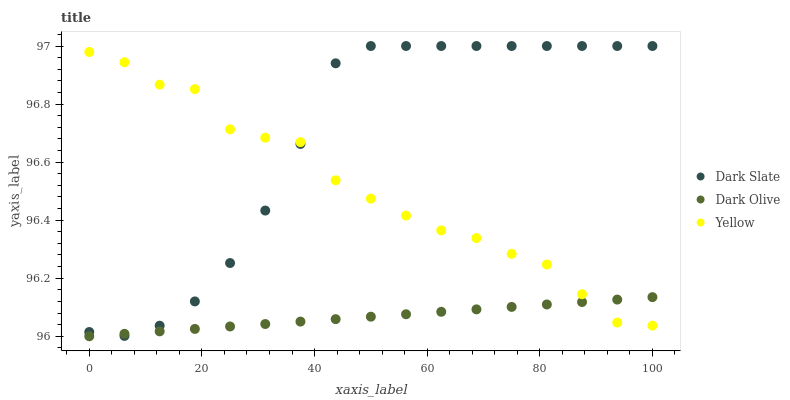
| xaxis_label | Dark Slate | Dark Olive | Yellow |
 | --- | --- | --- | --- |
 | 0 | 96 | 96 | 97 |
 | 6.25 | 96 | 96 | 96.9 |
 | 12.5 | 96 | 96 | 96.9 |
 | 18.8 | 96.1 | 96 | 96.9 |
 | 25 | 96.3 | 96 | 96.7 |
 | 31.2 | 96.4 | 96 | 96.7 |
 | 37.5 | 96.7 | 96.1 | 96.7 |
 | 43.8 | 96.9 | 96.1 | 96.5 |
 | 50 | 97 | 96.1 | 96.5 |
 | 56.2 | 97 | 96.1 | 96.4 |
 | 62.5 | 97 | 96.1 | 96.4 |
 | 68.8 | 97 | 96.1 | 96.3 |
 | 75 | 97 | 96.1 | 96.3 |
 | 81.2 | 97 | 96.1 | 96.2 |
 | 87.5 | 97 | 96.1 | 96.1 |
 | 93.8 | 97 | 96.1 | 96 |
 | 100 | 97 | 96.1 | 96 |